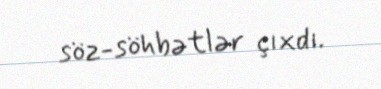
söz-söhbətlər çıxdı.